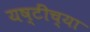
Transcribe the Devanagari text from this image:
यष्टींच्या